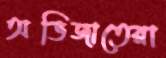
অভিজাতেরা